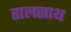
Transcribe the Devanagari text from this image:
तालसाथ